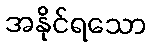
အနိုင်ရသော